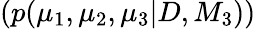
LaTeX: (p(\mu_{1},\mu_{2},\mu_{3}|D,M_{3}))